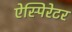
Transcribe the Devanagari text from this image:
ऐस्पिरेटर